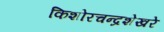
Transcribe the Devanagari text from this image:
किशोरचन्द्रशेखरे